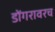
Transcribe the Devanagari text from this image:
डोंगरावरच